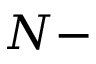
N -